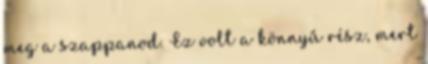
meg a szappanod. Ez volt a könnyű rész, mert